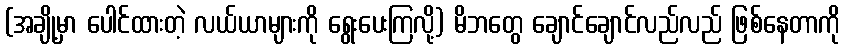
(အချို့မှာ ပေါင်ထားတဲ့ လယ်ယာများကို ရွေးပေးကြလို့) မိဘတွေ ချောင်ချောင်လည်လည် ဖြစ်နေတာကို